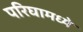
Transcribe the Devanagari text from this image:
परिघामध्ये